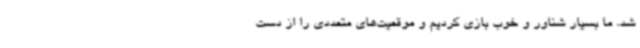
شد. ما بسیار شناور و خوب بازی کردیم و موقعیت‌های متعددی را از دست